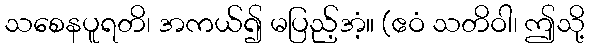
သစေနပူရတိ၊ အကယ်၍ မပြည့်အံ့။ (ဧဝံ သတိဝါ၊ ဤသို့